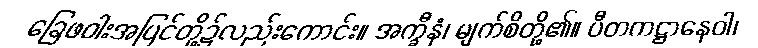
ခြေဖဝါးအပြင်တို့၌လည်းကောင်း။ အက္ခီနံ၊ မျက်စိတို့၏။ ပီတကဋ္ဌာနေဝါ၊